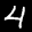
Label: 4